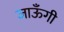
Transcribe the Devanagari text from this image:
जाऊँगी